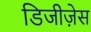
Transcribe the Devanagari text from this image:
डिजीज़ेस